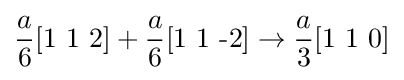
{\frac {a}{6}}[{\text{1 1 2}}]+{\frac {a}{6}}[{\text{1 1 -2}}]\rightarrow {\frac {a}{3}}[{\text{1 1 0}}]